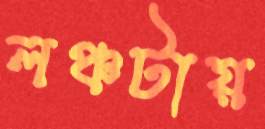
লঞ্চটায়